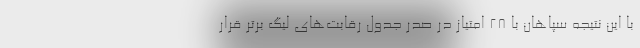
با این نتیجه سپاهان با ۲۸ امتیاز در صدر جدول رقابت‌های لیگ برتر قرار